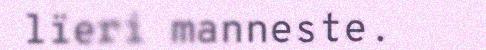
lïeri manneste.